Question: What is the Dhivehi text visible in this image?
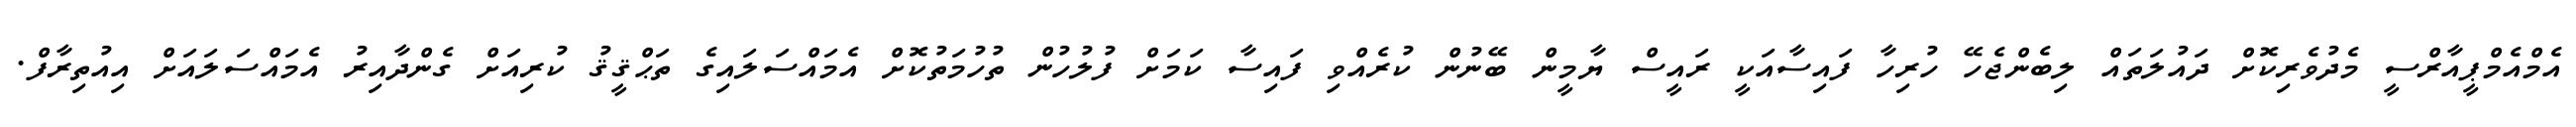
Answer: އެމްއެމްޕީއާރްސީ މެދުވެރިކޮށް ދައުލަތައް ލިބެންޖެހޭ ހުރިހާ ފައިސާއަކީ ރައީސް ޔާމީން ބޭނުން ކުރެއްވި ފައިސާ ކަމަށް ފުލުހުން ތުހުމަތުކޮށް އެމައްސަލައިގެ ތަޙްޤީޤު ކުރިއަށް ގެންދާއިރު އެމައްސަލައަށް އިއުތިރާފް.